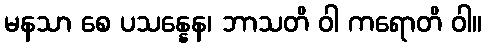
မနသာ စေ ပသန္နေန၊ ဘာသတိ ဝါ ကရောတိ ဝါ။